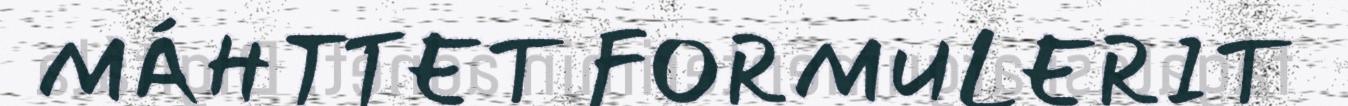
MÁHTTET FORMULERIT